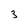
Character: 3